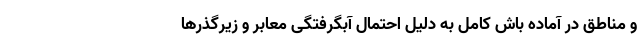
و مناطق در آماده باش کامل به دلیل احتمال آبگرفتگی معابر و زیرگذرها